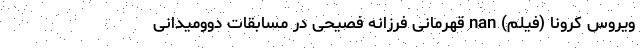
ویروس کرونا (فیلم) nan قهرمانی فرزانه فصیحی در مسابقات دوومیدانی